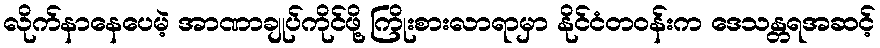
လိုက်နာနေပေမဲ့ အာဏာချုပ်ကိုင်ဖို့ ကြိုးစားလာရာမှာ နိုင်ငံတဝန်းက ဒေသန္တရအဆင့်